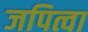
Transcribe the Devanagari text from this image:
जपित्वा